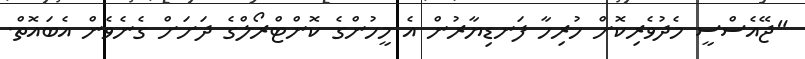
"ޖޭއެސްސީ މެދުވެރިކޮށް ހުރިހާ ފަނޑިޔާރުން އެ މީހުންގެ ކޮންޓްރޯލްގެ ދަށަށް ގެނެވެން އެބައޮތް.